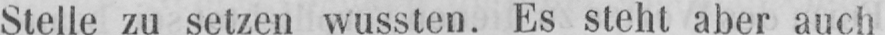
Stelle zu setzen wussten. Es steht aber auch